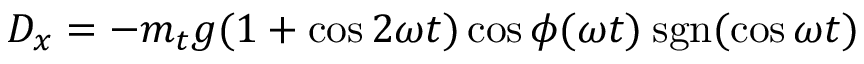
D _ { x } = - m _ { t } g ( 1 + \cos 2 \omega t ) \cos \phi ( \omega t ) \: \mathrm { s g n } ( \cos \omega t )